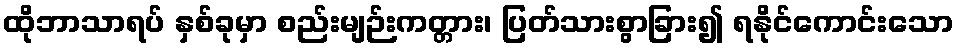
ထိုဘာသာရပ် နှစ်ခုမှာ စည်းမျဉ်းကတ္တား၊ ပြတ်သားစွာခြား၍ ရနိုင်ကောင်းသော